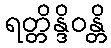
ရတ္တိန္ဒိဝန္တိ